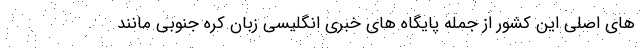
های اصلی این کشور از جمله پایگاه های خبری انگلیسی زبان کره جنوبی مانند